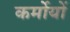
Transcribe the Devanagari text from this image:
कर्मोयों